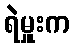
ရဲမှူးက